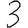
Digit: 3